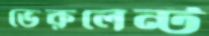
ভেরুলেন্ট